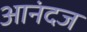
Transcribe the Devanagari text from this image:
आनंदज